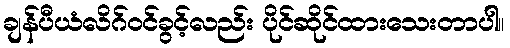
ချန်ပီယံလိဂ်ဝင်ခွင့်လည်း ပိုင်ဆိုင်ထားသေးတာပါ။